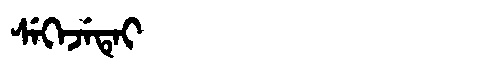
Manchu: ᠰᡝᡴᡝᠵᡝᡨᡝᡳ
Romanization: SEKEJETEI